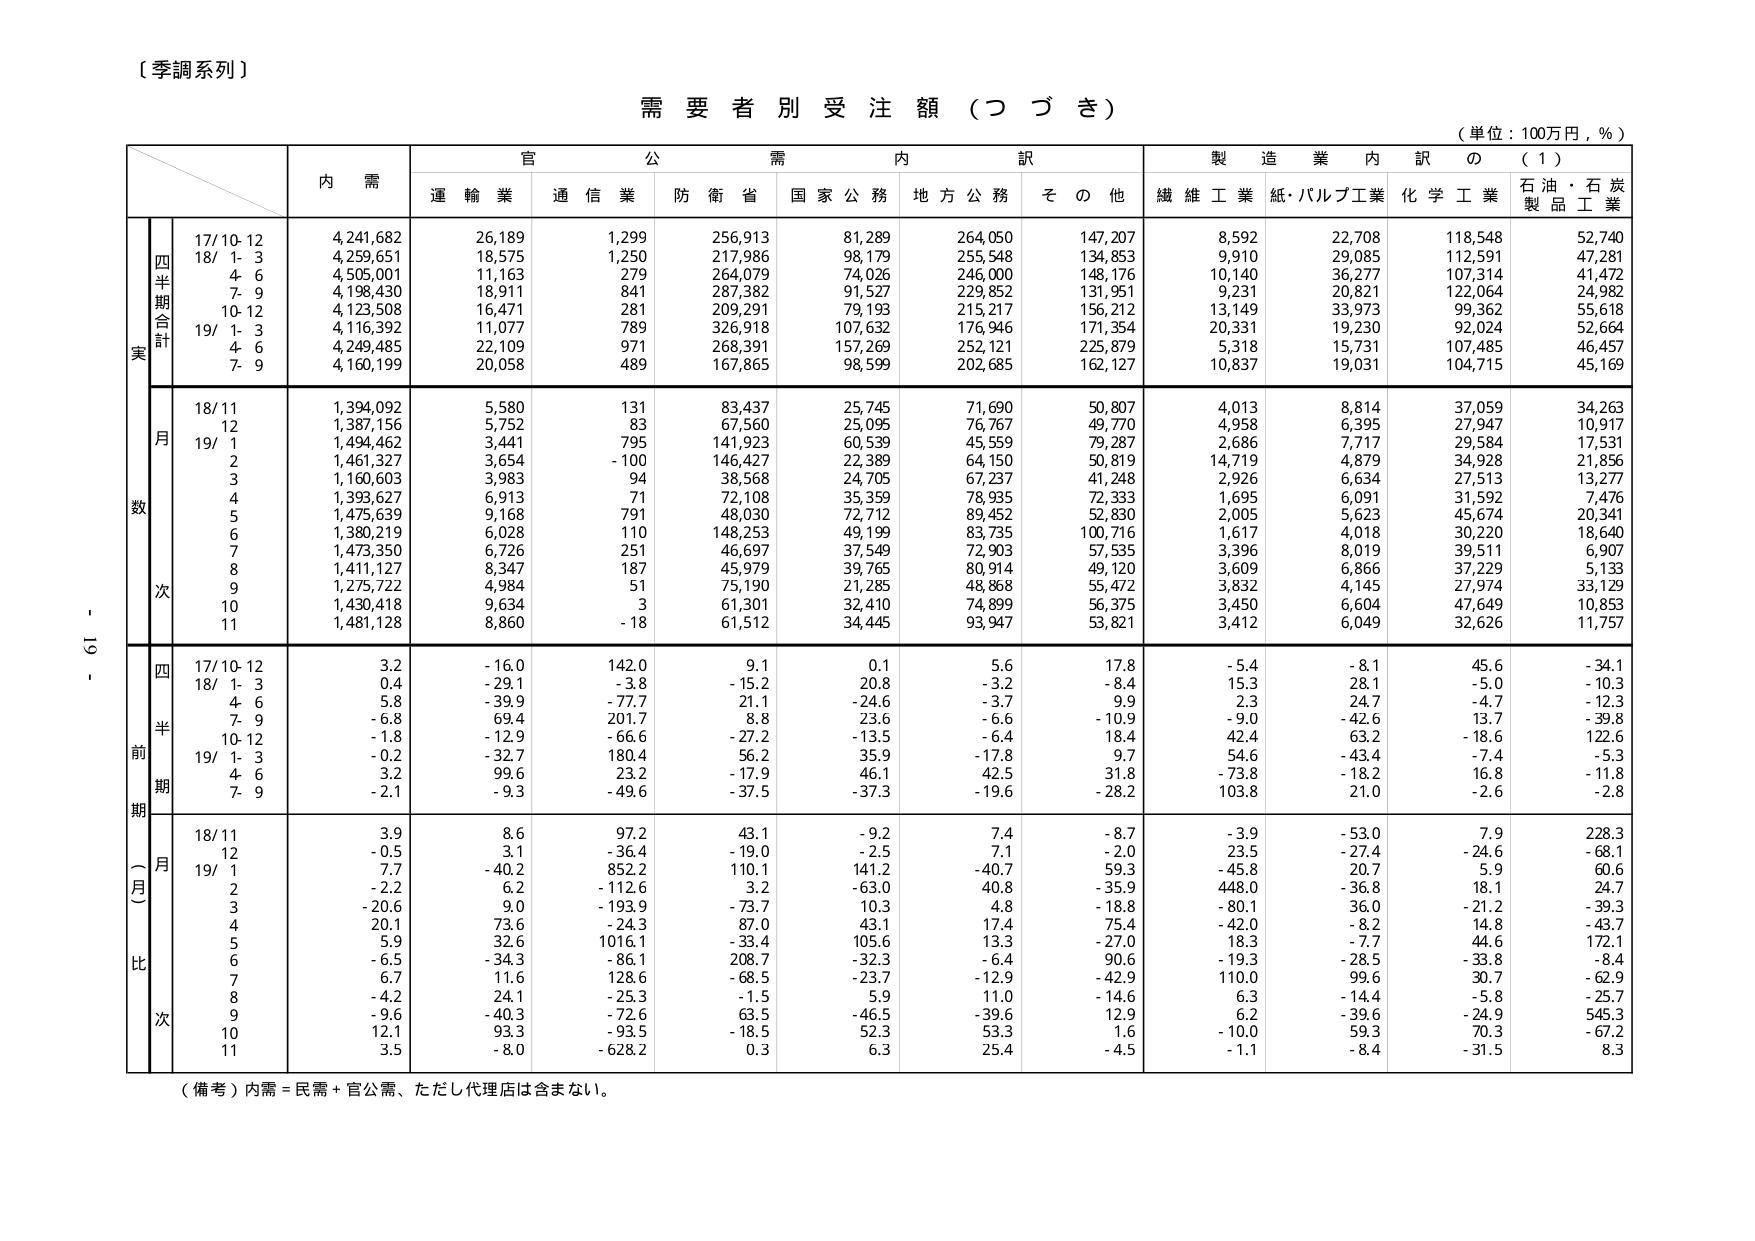
〔季調系列〕

需要者別受注額（つづき）

（単位：100万円，％）

内需
官公需内訳
製造業内訳の（1）

運輸業 通信業 防衛省 国家公務 地方公務 その他
繊維工業 紙・パルプ工業 化学工業 石油・石炭製品工業

実
四半期合計
17/10-12 4,241,682 26,189 1,299 256,913 81,289 264,050 147,207 8,592 22,708 118,548 52,740
18/ 1- 3 4,259,651 18,575 1,250 217,986 98,179 255,548 134,853 9,910 29,085 112,591 47,281
4- 6 4,505,001 11,163 279 264,079 74,026 246,000 148,176 10,140 36,277 107,314 41,472
7- 9 4,198,430 18,911 841 287,382 91,527 229,852 131,951 9,231 20,821 122,064 24,982
10-12 4,123,508 16,471 281 209,291 79,193 215,217 156,212 13,149 33,973 99,362 55,618
19/ 1- 3 4,116,392 11,077 789 326,918 107,632 176,946 171,354 20,331 19,230 92,024 52,664
4- 6 4,249,485 22,109 971 268,391 157,269 252,121 225,879 5,318 15,731 107,485 46,457
7- 9 4,160,199 20,058 489 167,865 98,599 202,685 162,127 10,837 19,031 104,715 45,169

数
月
18/11 1,394,092 5,580 131 83,437 25,745 71,690 50,807 4,013 8,814 37,059 34,263
12 1,387,156 5,752 83 67,560 25,095 76,767 49,770 4,958 6,395 27,947 10,917
19/ 1 1,494,462 3,441 795 141,923 60,539 45,559 79,287 2,686 7,717 29,584 17,531
2 1,461,327 3,654 -100 146,427 22,389 64,150 50,819 14,719 4,879 34,928 21,856
3 1,160,603 3,983 94 38,568 24,705 67,237 41,248 2,926 6,634 27,513 13,277
4 1,393,627 6,913 71 72,108 35,359 78,935 72,333 1,695 6,091 31,592 7,476
5 1,475,639 9,168 791 48,030 72,712 89,452 52,830 2,005 5,623 45,674 20,341
6 1,380,219 6,028 110 148,253 49,199 83,735 100,716 1,617 4,018 30,220 18,640
7 1,473,350 6,726 251 46,697 37,549 72,903 57,535 3,396 8,019 39,511 6,907
8 1,411,127 8,347 187 45,979 39,765 80,914 49,120 3,609 6,866 37,229 5,133
9 1,275,722 4,984 51 75,190 21,285 48,868 55,472 3,832 4,145 27,974 33,129
10 1,430,418 9,634 3 61,301 32,410 74,899 56,375 3,450 6,604 47,649 10,853
11 1,481,128 8,860 -18 61,512 34,445 93,947 53,821 3,412 6,049 32,626 11,757

前
期
四半期
17/10-12 3.2 -16.0 142.0 9.1 0.1 5.6 17.8 -5.4 -8.1 45.6 -34.1
18/ 1- 3 0.4 -29.1 -3.8 -15.2 20.8 -3.2 -8.4 15.3 28.1 -5.0 -10.3
4- 6 5.8 -39.9 -77.7 21.1 -24.6 -3.7 9.9 2.3 24.7 -4.7 -12.3
7- 9 -6.8 69.4 201.7 8.8 23.6 -6.6 -10.9 -9.0 -42.6 13.7 -39.8
10-12 -1.8 -12.9 -66.6 -27.2 -13.5 -6.4 18.4 42.4 63.2 -18.6 122.6
19/ 1- 3 -0.2 -32.7 180.4 56.2 35.9 -17.8 9.7 54.6 -43.4 -7.4 -5.3
4- 6 3.2 99.6 23.2 -17.9 46.1 42.5 31.8 -73.8 -18.2 16.8 -11.8
7- 9 -2.1 -9.3 -49.6 -37.5 -37.3 -19.6 -28.2 103.8 21.0 -2.6 -2.8

比
次
（一月）
18/11 3.9 8.6 97.2 43.1 -9.2 7.4 -8.7 -3.9 -53.0 7.9 228.3
12 -0.5 3.1 -36.4 -19.0 -2.5 7.1 -2.0 23.5 -27.4 -24.6 -68.1
19/ 1 7.7 -40.2 852.2 110.1 141.2 -40.7 59.3 -45.8 20.7 5.9 60.6
2 -2.2 6.2 -112.6 3.2 -63.0 40.8 -35.9 448.0 -36.8 18.1 24.7
3 -20.6 9.0 -193.9 -73.7 10.3 4.8 -18.8 -80.1 36.0 -21.2 -39.3
4 20.1 73.6 -24.3 87.0 43.1 17.4 75.4 -42.0 -8.2 14.8 -43.7
5 5.9 32.6 1016.1 -33.4 105.6 13.3 -27.0 18.3 -7.7 44.6 172.1
6 -6.5 -34.3 -86.1 208.7 -32.3 -6.4 90.6 -19.3 -28.5 -33.8 -8.4
7 6.7 11.6 128.6 -68.5 -23.7 -12.9 -42.9 110.0 99.6 30.7 -62.9
8 -4.2 24.1 -25.3 -1.5 5.9 11.0 -14.6 6.3 -14.4 -5.8 -25.7
9 -9.6 -40.3 -72.6 63.5 -46.5 -39.6 12.9 6.2 -39.6 -24.9 545.3
10 12.1 93.3 -93.5 -18.5 52.3 53.3 1.6 -10.0 59.3 70.3 -67.2
11 3.5 -8.0 -628.2 0.3 6.3 25.4 -4.5 -1.1 -8.4 -31.5 8.3

（備考）内需＝民需＋官公需、ただし代理店は含まない。